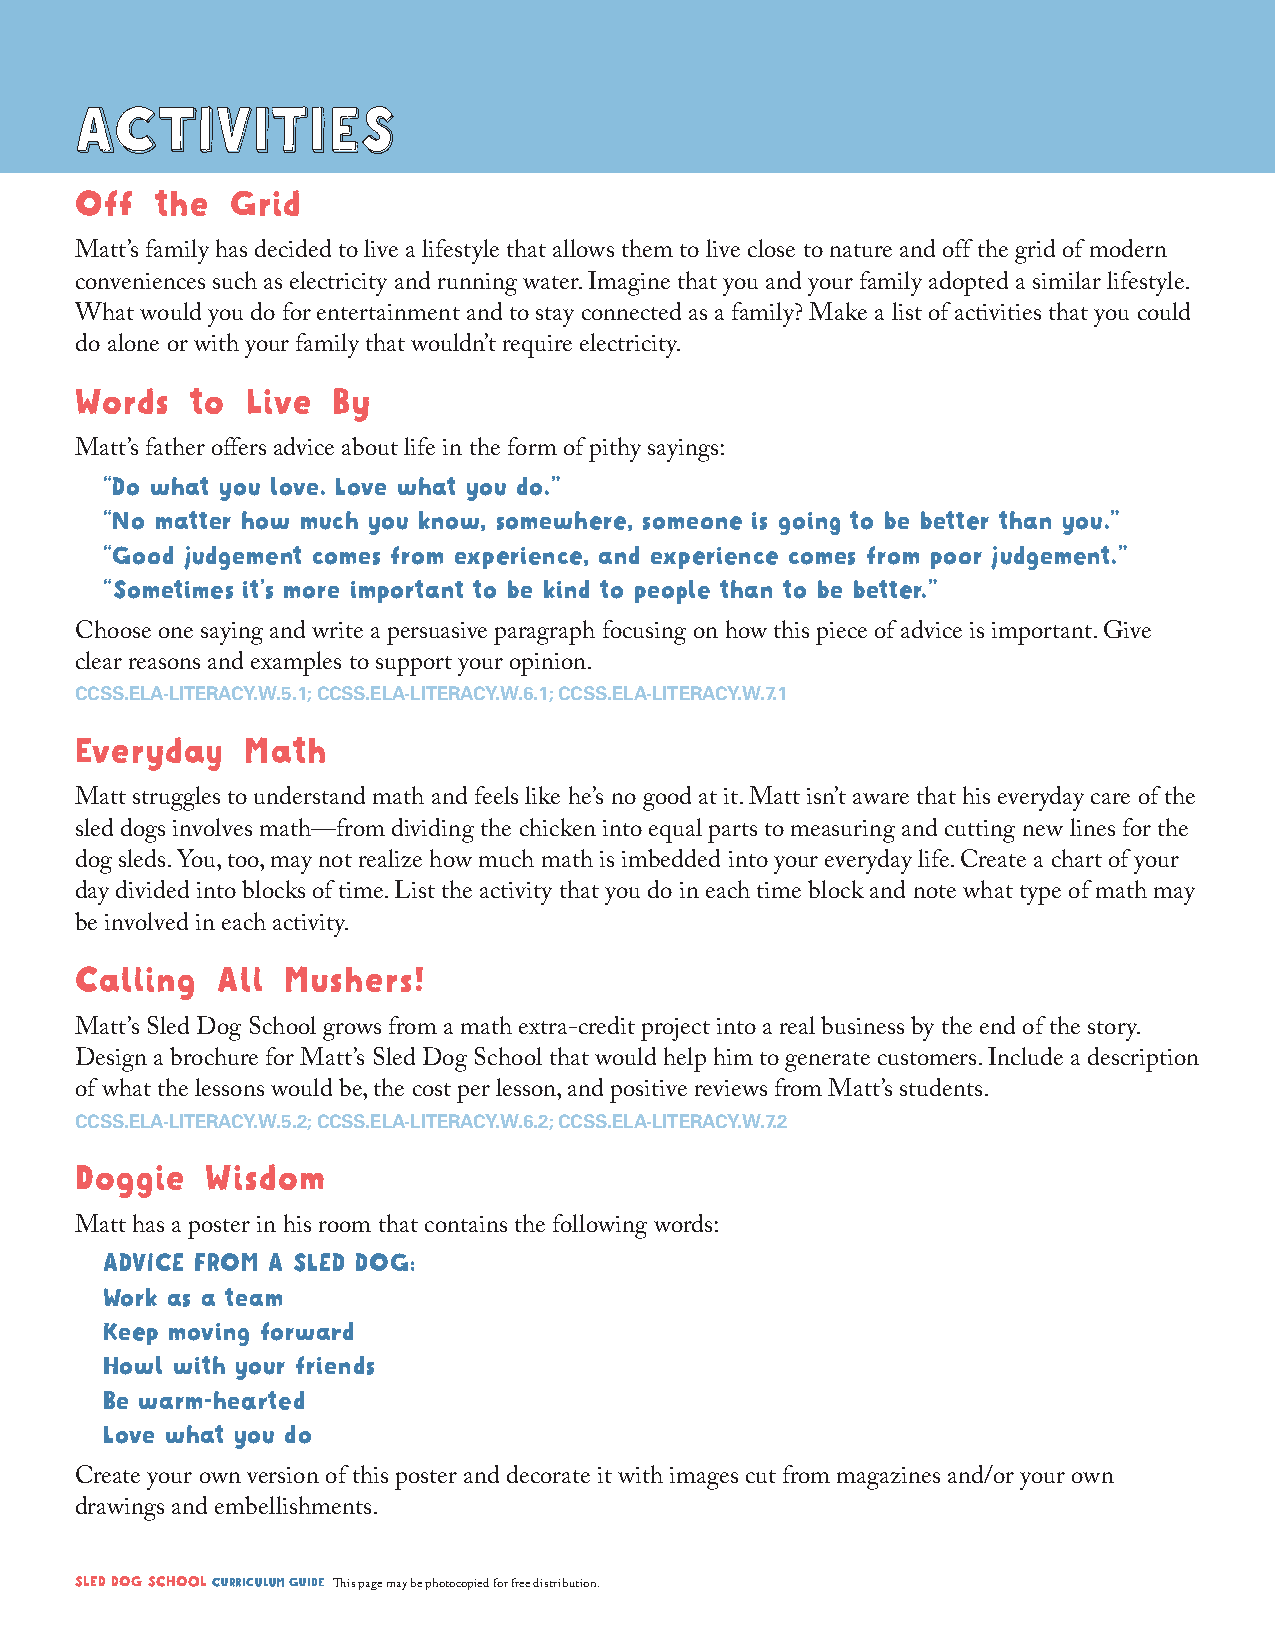
AACCTTIIVVIITTIIEESS
 Off  the  Grid
 Matt’s family has decided to live a lifestyle that allows them to live close to nature and off the grid of modern
 conveniences such as electricity and running water. Imagine that you and your family adopted a similar lifestyle.
 What would you do for entertainment and to stay connected as a family? Make a list of activities that you could
 do alone or with your family that wouldn’t require electricity.
 Words   to Live  By
 Matt’s father offers advice about life in the form of pithy sayings:
 “Do what you love. Love what you do.”
 “No matter how much you know, somewhere, someone is going to be better than you.”
 “Good judgement comes from experience, and experience comes from poor judgement.”
 “Sometimes it’s more important to be kind to people than to be better.”
 Choose one saying and write a persuasive paragraph focusing on how this piece of advice is important. Give
 clear reasons and examples to support your opinion.
 CCSS.ELA-LITERACY.W.5.1; CCSS.ELA-LITERACY.W.6.1; CCSS.ELA-LITERACY.W.7.1
 Everyday   Math
 Matt struggles to understand math and feels like he’s no good at it. Matt isn’t aware that his everyday care of the
 sled dogs involves math—from dividing the chicken into equal parts to measuring and cutting new lines for the
 dog sleds. You, too, may not realize how much math is imbedded into your everyday life. Create a chart of your
 day divided into blocks of time. List the activity that you do in each time block and note what type of math may
 be involved in each activity.
 Calling  All  Mushers!
 Matt’s Sled Dog School grows from a math extra-credit project into a real business by the end of the story.
 Design a brochure for Matt’s Sled Dog School that would help him to generate customers. Include a description
 of what the lessons would be, the cost per lesson, and positive reviews from Matt’s students.
 CCSS.ELA-LITERACY.W.5.2; CCSS.ELA-LITERACY.W.6.2; CCSS.ELA-LITERACY.W.7.2
 Doggie   Wisdom
 Matt has a poster in his room that contains the following words:
 ADVICE FROM A SLED DOG:
 Work as a team
 Keep moving forward
 Howl with your friends
 Be warm-hearted
 Love what you do
 Create your own version of this poster and decorate it with images cut from magazines and/or your own
 drawings and embellishments.
 SLED DOG SCHOOL CURRICULUM GUIDE This page may be photocopied for free distribution.